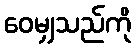
ဝေမျှသည်ကို